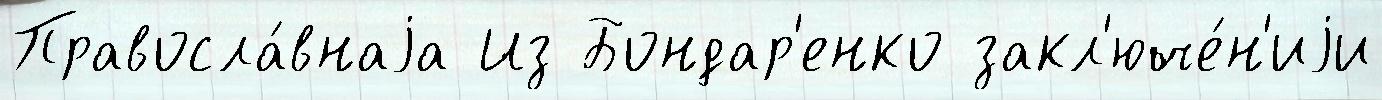
Правосла́внаjа Из Бондар'енко закл'юче́н'иjи